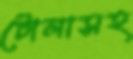
টোলাসহ